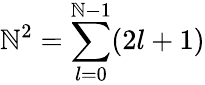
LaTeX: \mathbb{N}^{2}=\sum_{l=0}^{\mathbb{N}-1}(2l+1)